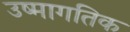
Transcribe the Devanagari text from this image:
उष्मागतिक